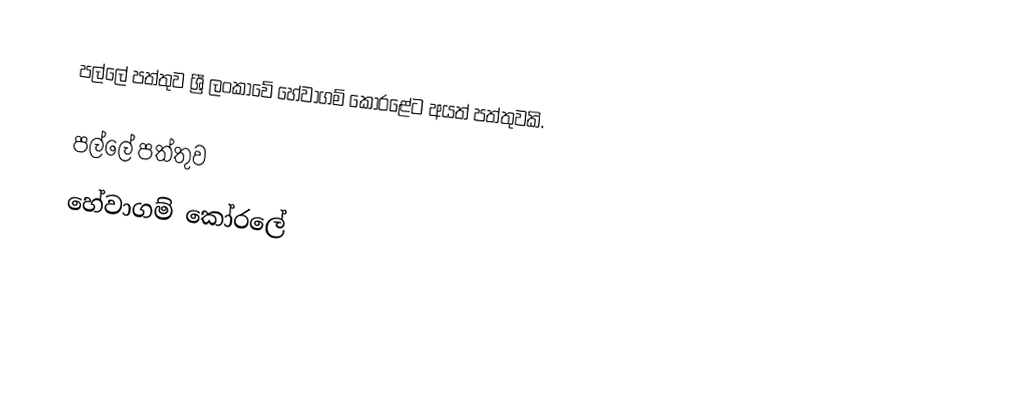
පල්ලේ පත්තුව ශ්‍රී ලංකාවේ හේවාගම් කෝරළේට අයත් පත්තුවකි.

පල්ලේ පත්තුව
හේවාගම් කෝරලේ